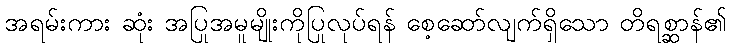
အရမ်းကား ဆုံး အပြုအမူမျိုးကိုပြုလုပ်ရန် စေ့ဆော်လျက်ရှိသော တိရစ္ဆာန်၏